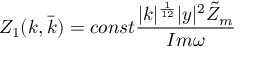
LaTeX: Z _ { 1 } ( k , \bar { k } ) = c o n s t \frac { | k | ^ { \frac { 1 } { 1 2 } } | y | ^ { 2 } \tilde { Z } _ { m } } { I m \omega }